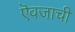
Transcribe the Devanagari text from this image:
ऎवजाची